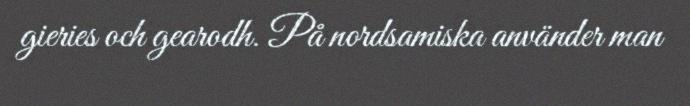
gieries och gearodh. På nordsamiska använder man